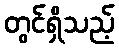
တွင်ရှိသည့်